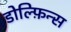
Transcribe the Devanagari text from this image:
डोल्फ़िन्स